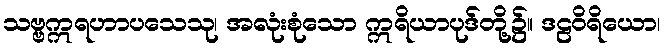
သဗ္ဗဣရဟာပသေသု၊ အလုံးစုံသော ဣရိယာပုဒ်တို့၌။ ဒဠဝိရိယော၊